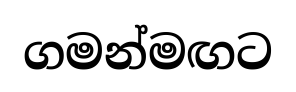
ගමන්මඟට